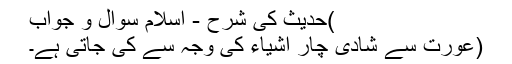
)حدیث کی شرح - اسلام سوال و جواب
(عورت سے شادی چار اشیاء کی وجہ سے کی جاتی ہے۔